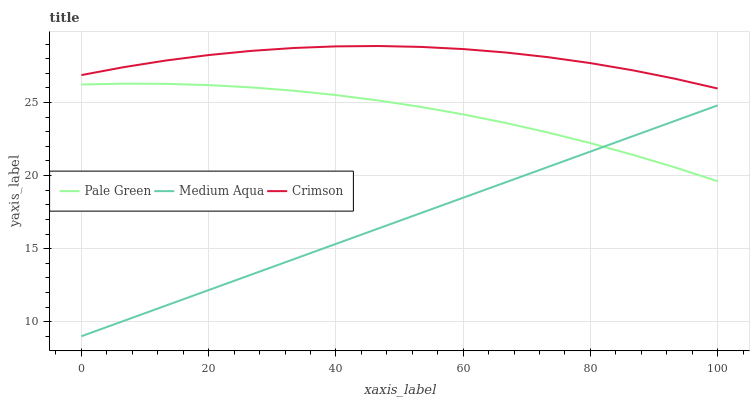
| xaxis_label | Pale Green | Medium Aqua | Crimson |
 | --- | --- | --- | --- |
 | 0 | 26.2 | 9 | 26.9 |
 | 6.67 | 26.3 | 10.1 | 27.4 |
 | 13.3 | 26.3 | 11.1 | 27.9 |
 | 20 | 26.2 | 12.2 | 28.3 |
 | 26.7 | 26 | 13.2 | 28.5 |
 | 33.3 | 25.8 | 14.3 | 28.7 |
 | 40 | 25.5 | 15.3 | 28.8 |
 | 46.7 | 25.1 | 16.4 | 28.9 |
 | 53.3 | 24.7 | 17.4 | 28.8 |
 | 60 | 24.2 | 18.5 | 28.7 |
 | 66.7 | 23.6 | 19.5 | 28.4 |
 | 73.3 | 22.9 | 20.6 | 28.1 |
 | 80 | 22.2 | 21.6 | 27.7 |
 | 86.7 | 21.4 | 22.7 | 27.2 |
 | 93.3 | 20.6 | 23.8 | 26.6 |
 | 100 | 19.6 | 24.8 | 26 |